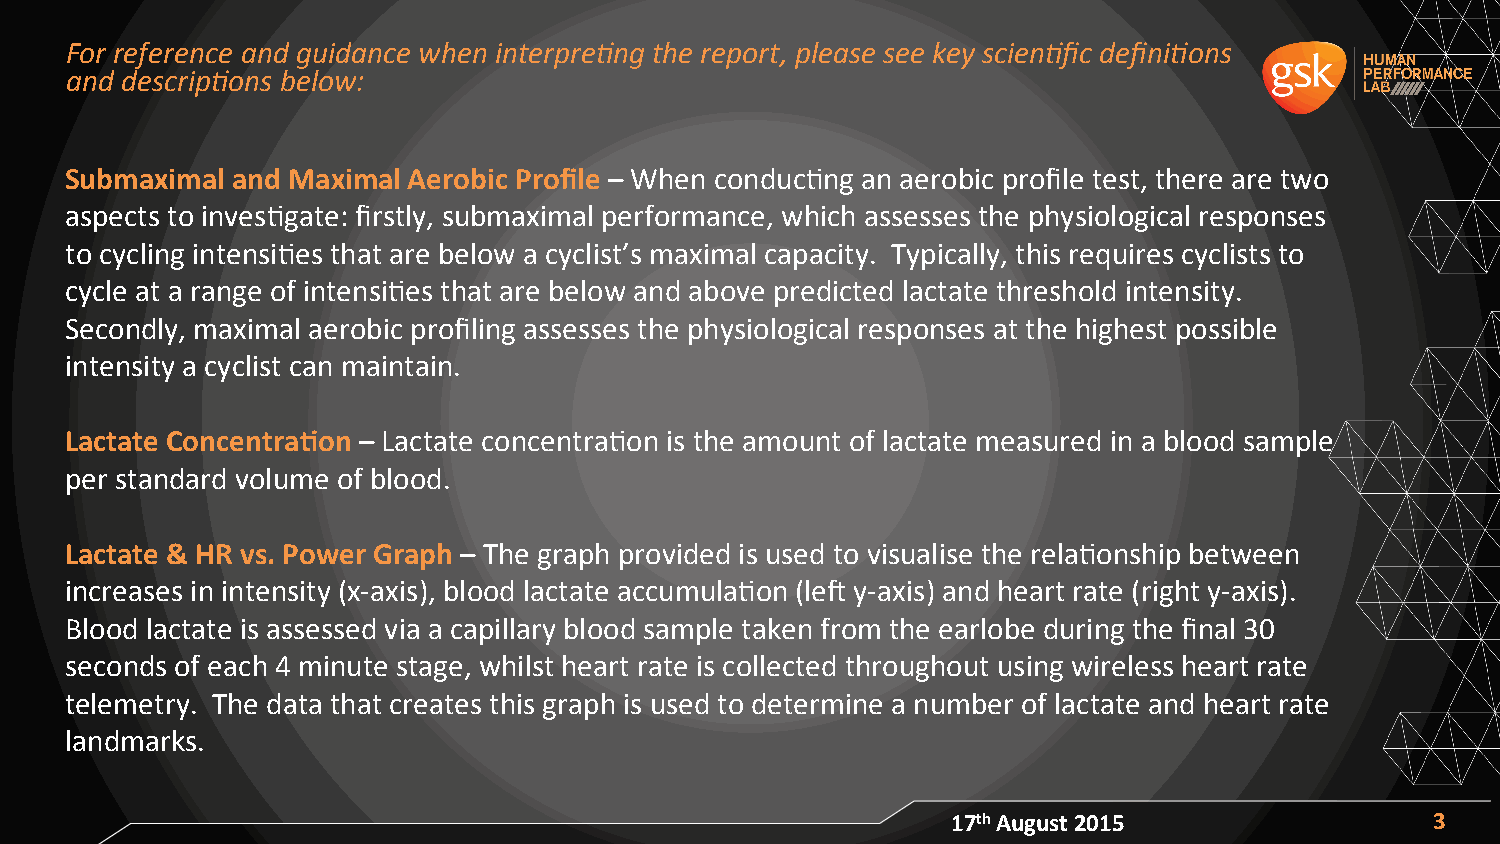
For reference and guidance when interpre6ng the report, please see key scien6fic defini6ons
 and descrip6ons below:
 Submaximal and Maximal Aerobic Profile – When conducAng an aerobic profile test, there are two
 aspects to invesAgate: firstly, submaximal performance, which assesses the physiological responses
 to cycling intensiAes that are below a cyclist’s maximal capacity. Typically, this requires cyclists to
 cycle at a range of intensiAes that are below and above predicted lactate threshold intensity.
 Secondly, maximal aerobic profiling assesses the physiological responses at the highest possible
 intensity a cyclist can maintain.
 Lactate Concentra/on – Lactate concentraAon is the amount of lactate measured in a blood sample
 per standard volume of blood.
 Lactate & HR vs. Power Graph – The graph provided is used to visualise the relaAonship between
 increases in intensity (x-­‐axis), blood lactate accumulaAon (leX y-­‐axis) and heart rate (right y-­‐axis).
 Blood lactate is assessed via a capillary blood sample taken from the earlobe during the final 30
 seconds of each 4 minute stage, whilst heart rate is collected throughout using wireless heart rate
 telemetry. The data that creates this graph is used to determine a number of lactate and heart rate
 landmarks.
 17th August 2015                3